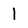
Character: 1